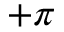
+ \pi